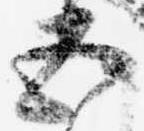
五